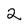
Character: 2